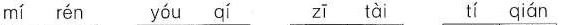
mí rén yóu qí zī tài tí qián